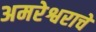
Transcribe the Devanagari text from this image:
अमरेश्वराचे